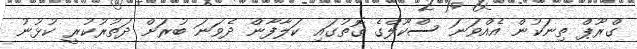
ގްރޫޕް ތިނަކުން އެއްވަނަ ސްކޫލްގެ ގޮތުގައި ކަލާފާން ދެވަނަ ބުރަށް ދަތުރުކުރީ ކުޅުނު